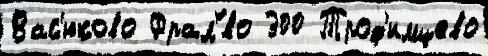
Вас'юково Фрал'́во 300 Троф'имцево